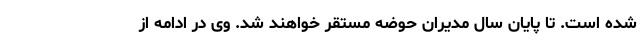
شده است. تا پایان سال مدیران حوضه مستقر خواهند شد. وی در ادامه از